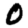
Digit: 0